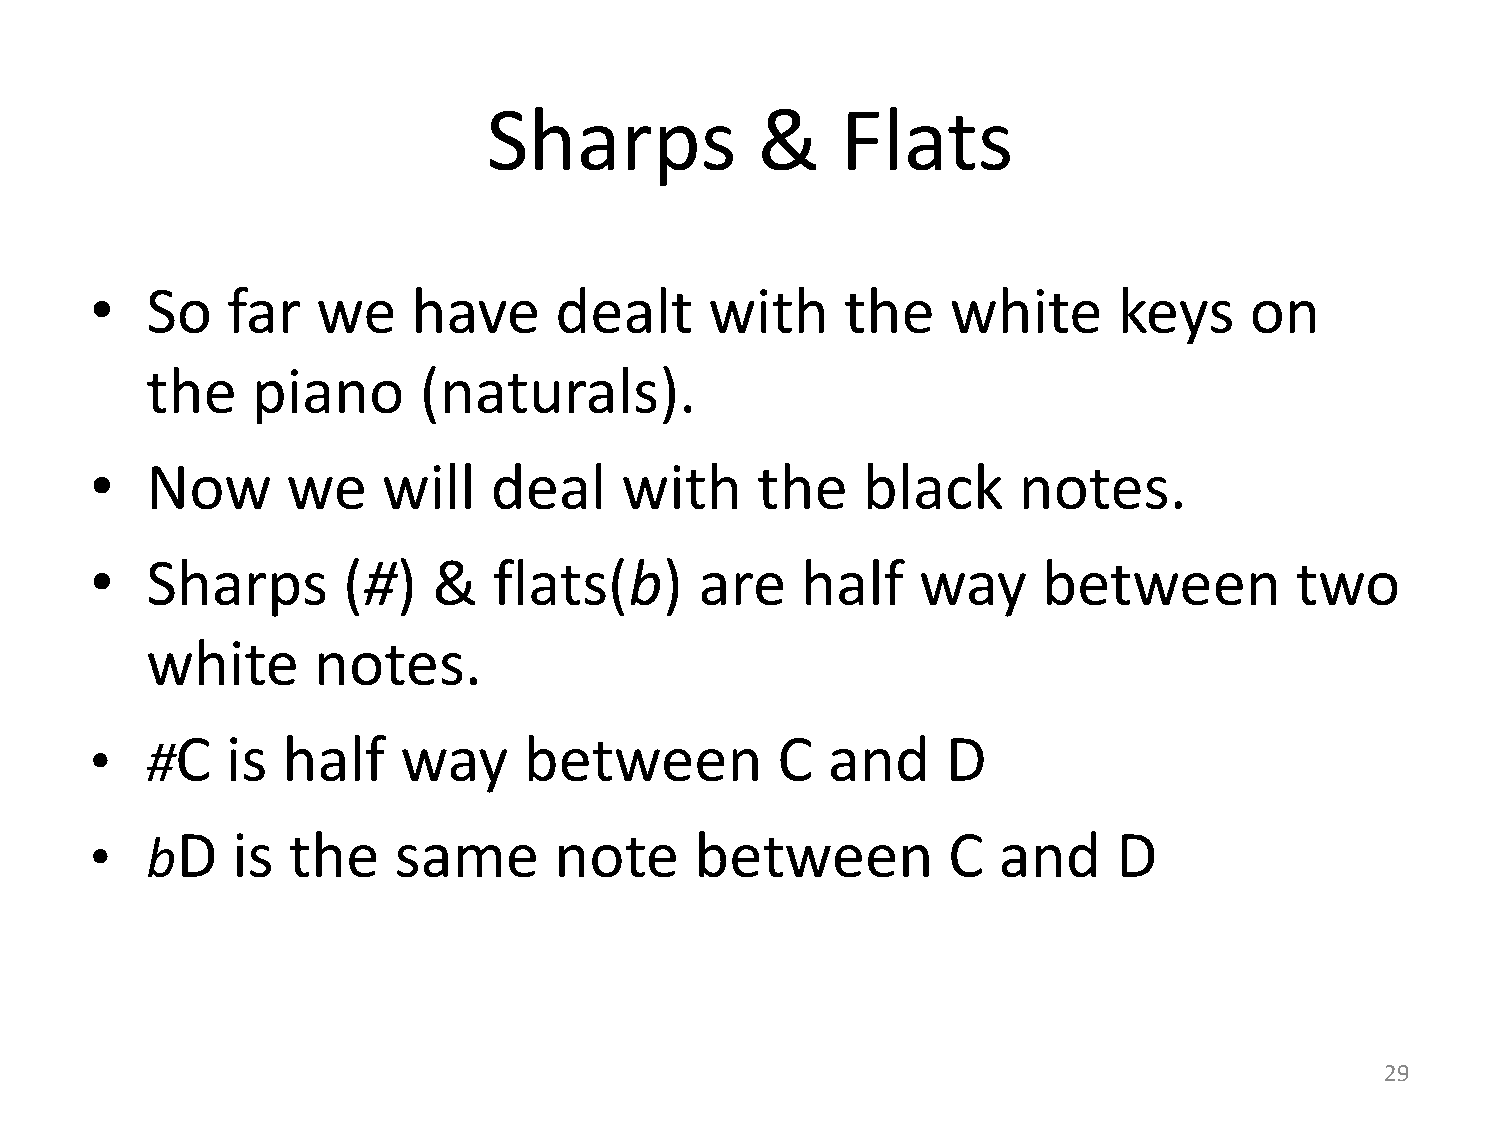
Sharps            &     Flats
 •   So   far   we    have      dealt     with     the    white      keys     on
 the    piano      (naturals).
 •   Now      we    will   deal     with     the    black     notes.
 •   Sharps       (#)   &   flats(b)     are    half    way     between          two
 white      notes.
 •   #C   is  half    way     between         C   and     D
 •   bD   is  the    same       note     between          C  and     D
 29